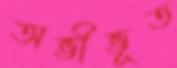
অভীভূত